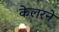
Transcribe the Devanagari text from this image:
केलरने